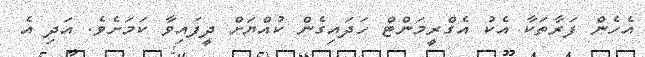
އެހެން ފަރާތަކާ އެކު އެގްރީމަންޓް ހަދައިގެން ކުއްޔަށް ދީފައިވާ ކަމަށެވެ. އަދި އެ